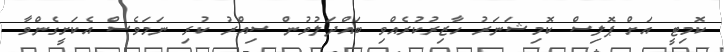
ކޮމިޓީ އަށް ޕޮލިސް ކޮމިޝަނަރު ހާޒިރުކުރެއްވި ބައްދަލުވުން ސިއްރު ކުރި ނަމަވެސް އެކަށީގެންވާ